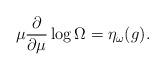
LaTeX: \begin{align*}\mu \frac{\partial}{\partial \mu} \log \Omega =\eta_{\omega}(g).\end{align*}